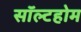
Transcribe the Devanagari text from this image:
सॉल्टहोम